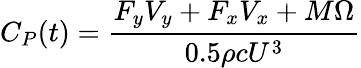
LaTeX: C_{P}(t)=\frac{F_{y}V_{y}+F_{x}V_{x}+M\Omega}{0.5\rho cU^{3}}